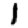
Digit: 1